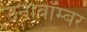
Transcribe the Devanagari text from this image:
उनाबॉम्बर